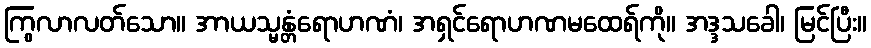
ကြွလာလတ်သော။ အာယသ္မန္တံရောဟဏံ၊ အရှင်ရောဟဏမထေရ်ကို။ အဒ္ဒသခေါ၊ မြင်ပြီး။